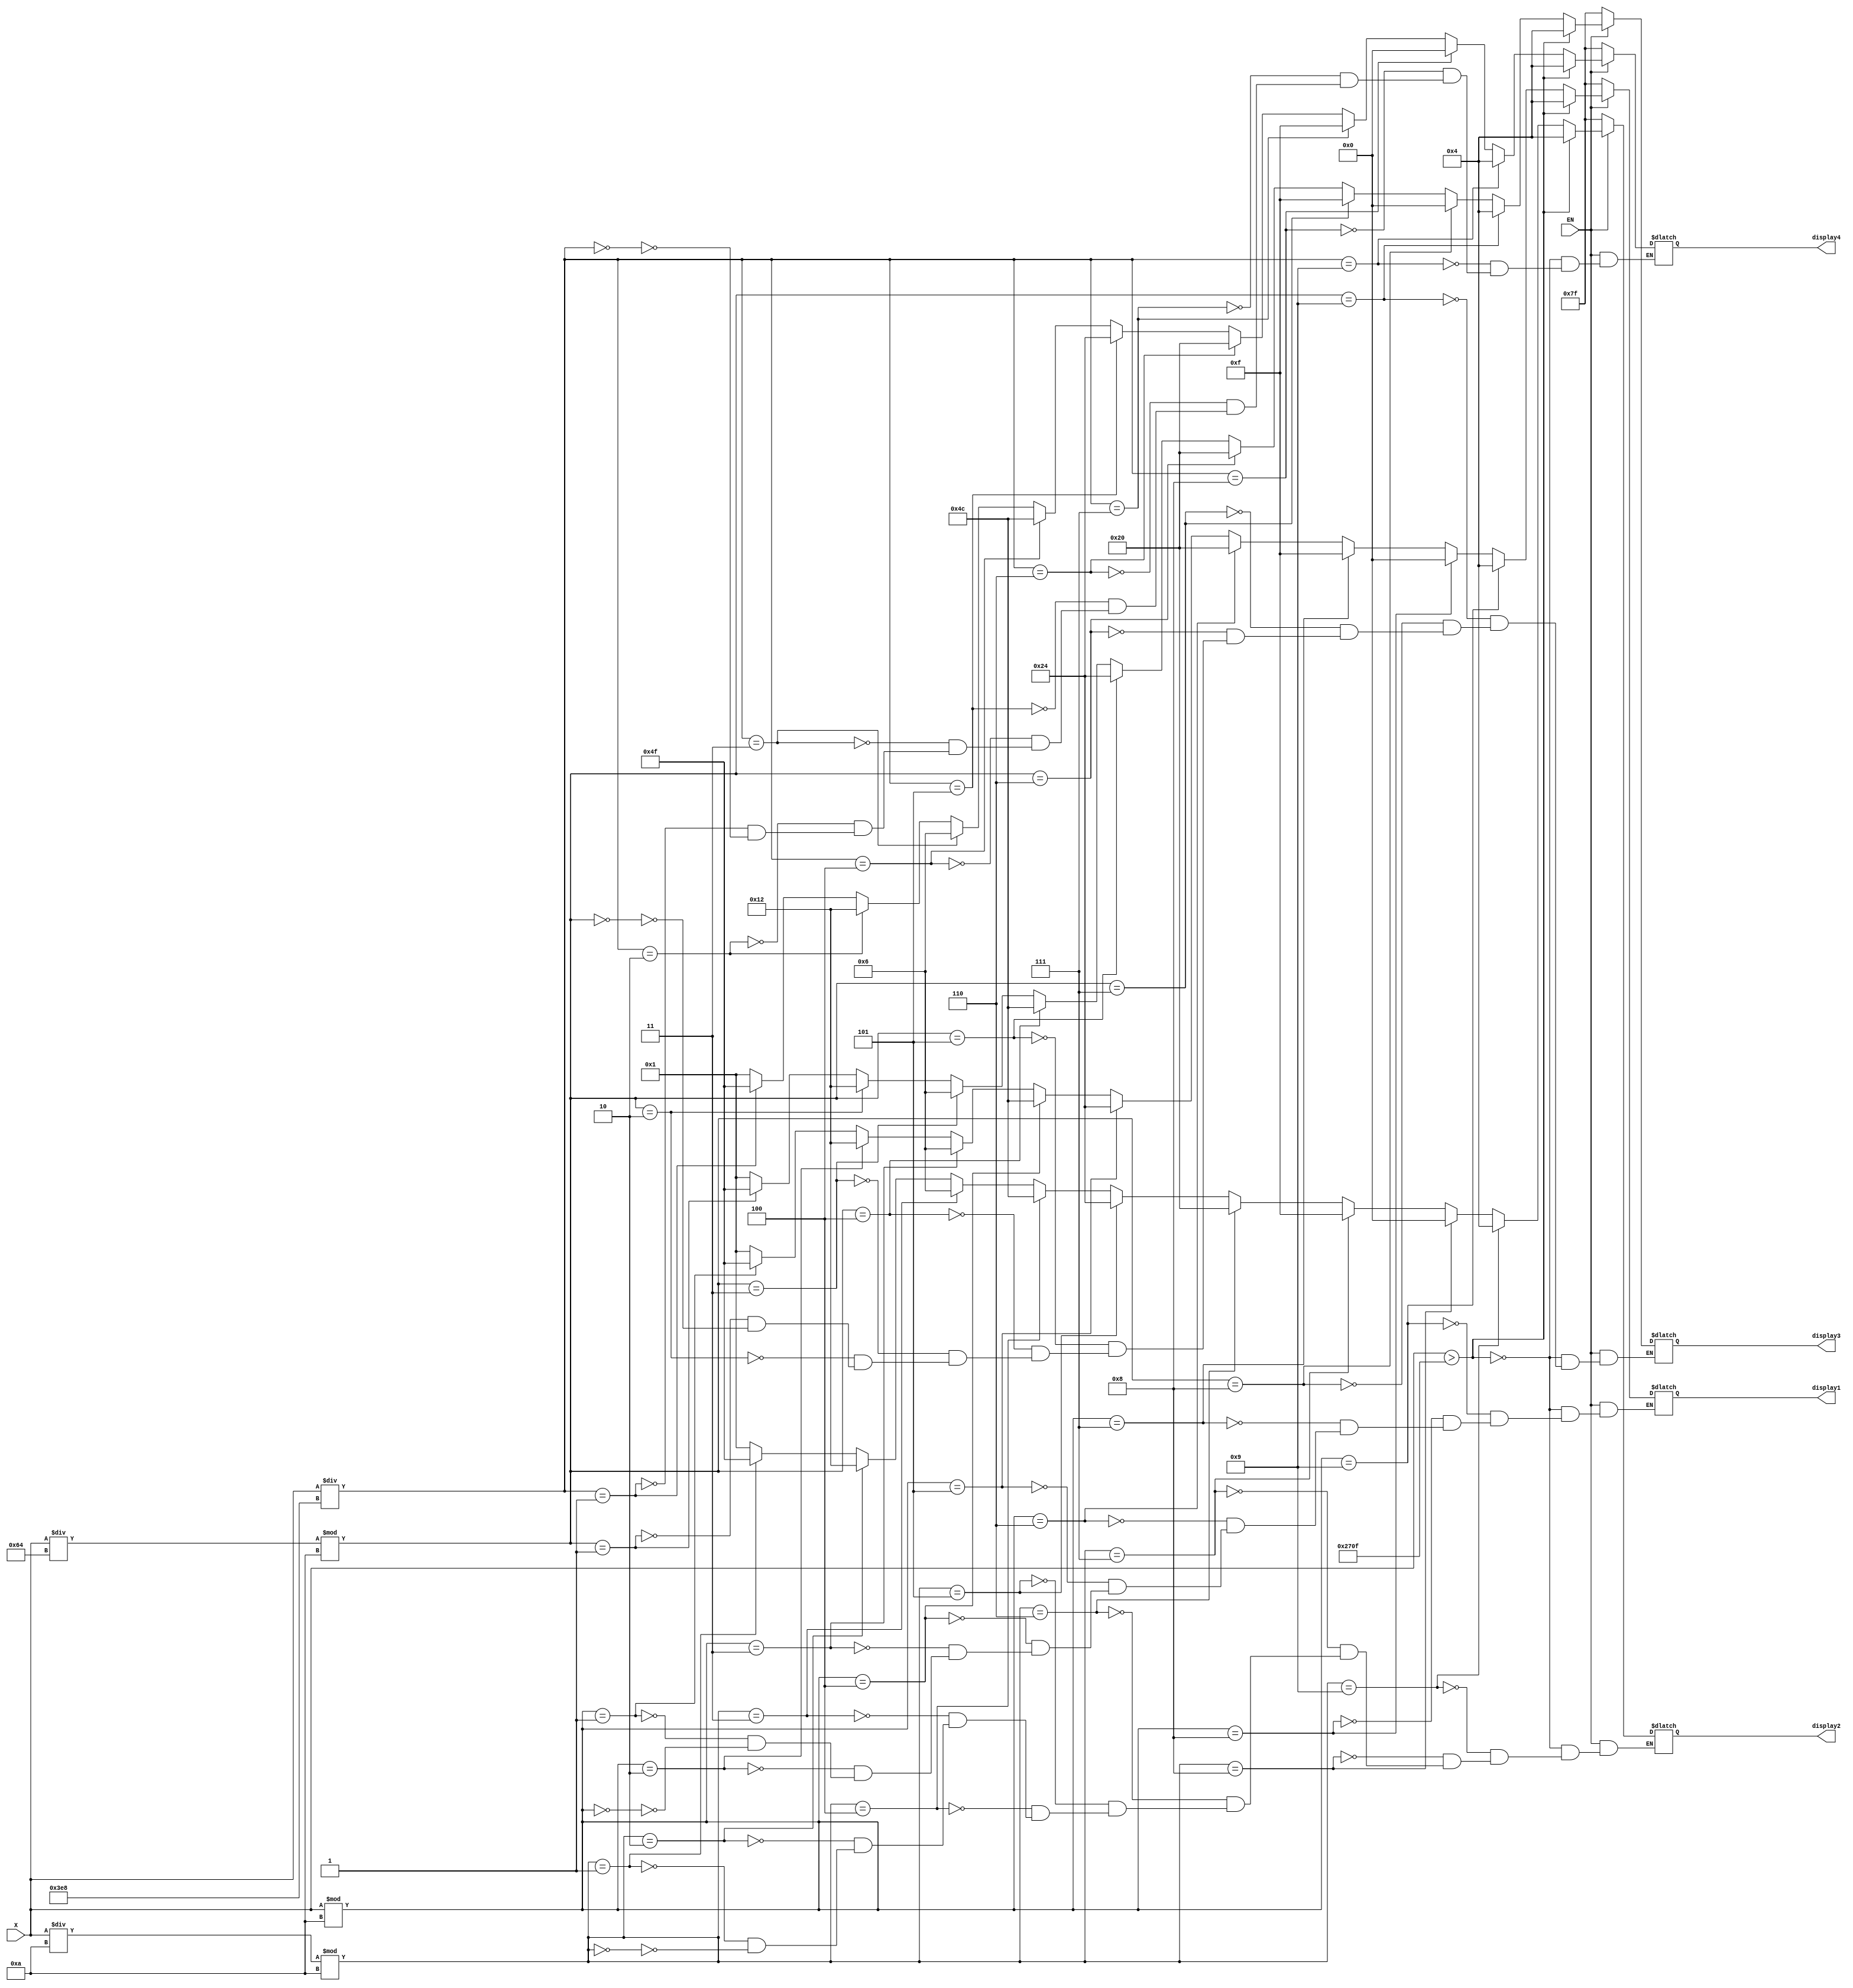
module decodeF(X, display1, display2, display3, display4, EN);
	input [13:0] X;
	output reg [0:6] display1, display2, display3, display4;
	input EN;
	parameter zero = 7'b0000001, um = 7'b1001111, dois = 7'b0010010, tres = 7'b0000110, quatro = 7'b1001100, cinco = 7'b0100100;
	parameter seis = 7'b0100000, sete = 7'b0001111, oito = 7'b0000000, nove = 7'b0000100;
	
	always@(X) begin
		if(EN == 0) begin
			display1 <= 7'b1111111;
			display2 <= 7'b1111111;
			display3 <= 7'b1111111;
			display4 <= 7'b1111111;
		end
		else begin
            if(X > 14'd9999) begin
                display1 <= nove;
                display2 <= nove;
                display3 <= nove;
                display4 <= nove;
            end
            else begin
				// Digito menos significativo

                if(X % 10 == 0) display1 <= zero;
                if(X % 10 == 1) display1 <= um;
                if(X % 10 == 2) display1 <= dois;
                if(X % 10 == 3) display1 <= tres;
                if(X % 10 == 4) display1 <= quatro;
                if(X % 10 == 5) display1 <= cinco;
                if(X % 10 == 6) display1 <= seis;
                if(X % 10 == 7) display1 <= sete;
                if(X % 10 == 8) display1 <= oito;
                if(X % 10 == 9) display1 <= nove;

				// Digito 2

				if((X / 10) % 10 == 0) display2 <= zero; // 373
				if((X / 10) % 10 == 1) display2 <= um;
				if((X / 10) % 10 == 2) display2 <= dois;
				if((X / 10) % 10 == 3) display2 <= tres;
				if((X / 10) % 10 == 4) display2 <= quatro;
				if((X / 10) % 10 == 5) display2 <= cinco;
				if((X / 10) % 10 == 6) display2 <= seis;
				if((X / 10) % 10 == 7) display2 <= sete;
				if((X / 10) % 10 == 8) display2 <= oito;
				if((X / 10) % 10 == 9) display2 <= nove;
        
                //Digito 3
                if((X / 100) % 10 == 0) display3 <= zero;
                if((X / 100) % 10 == 1) display3 <= um;
                if((X / 100) % 10 == 2) display3 <= dois;
                if((X / 100) % 10 == 3) display3 <= tres;
                if((X / 100) % 10 == 4) display3 <= quatro;
                if((X / 100) % 10 == 5) display3 <= cinco;
                if((X / 100) % 10 == 6) display3 <= seis;
                if((X / 100) % 10 == 7) display3 <= sete;
                if((X / 100) % 10 == 8) display3 <= oito;
                if((X / 100) % 10 == 9) display3 <= nove;
                
				//Digto mais significativo:
				if(X / 1000 == 0) display4 <= zero;
				if(X / 1000 == 1) display4 <= um;
				if(X / 1000 == 2) display4 <= dois;
				if(X / 1000 == 3) display4 <= tres;
				if(X / 1000 == 4) display4 <= quatro;	
				if(X / 1000 == 5) display4 <= cinco;
				if(X / 1000 == 6) display4 <= seis;
				if(X / 1000 == 7) display4 <= sete;
				if(X / 1000 == 8) display4 <= oito;
				if(X / 1000 == 9) display4 <= nove;
            end					
		end
	end
endmodule